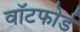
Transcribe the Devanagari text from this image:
वॉटफोर्ड